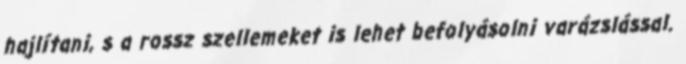
hajlítani, s a rossz szellemeket is lehet befolyásolni varázslással.